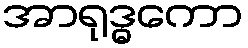
အာရုဒ္ဓကော